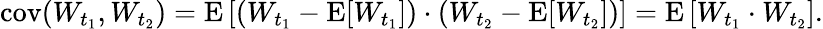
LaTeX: \operatorname{cov}(W_{t_{1}},W_{t_{2}})=\operatorname{E}\left[(W_{t_{1}}-\operatorname{E}[W_{t_{1}}])\cdot(W_{t_{2}}-\operatorname{E}[W_{t_{2}}])\right]=\operatorname{E}\left[W_{t_{1}}\cdot W_{t_{2}}\right].